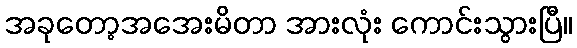
အခုတော့အအေးမိတာ အားလုံး ကောင်းသွားပြီ။